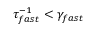
\tau _ { f a s t } ^ { - 1 } < \gamma _ { f a s t }